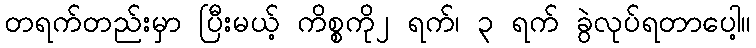
တရက်တည်းမှာ ပြီးမယ့် ကိစ္စကို၂ ရက်၊ ၃ ရက် ခွဲလုပ်ရတာပေါ့။